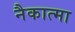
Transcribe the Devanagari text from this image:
नैकात्मा